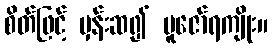
စိတ်ဖြင့် မှန်းဆ၍ ပူဇော်ရကျိုး။